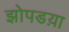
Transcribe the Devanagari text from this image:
झोपडय़ा